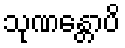
သုဏန္တောပိ